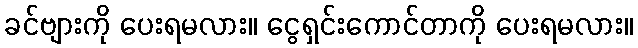
ခင်ဗျားကို ပေးရမလား။ ငွေရှင်းကောင်တာကို ပေးရမလား။